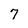
Character: 7